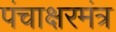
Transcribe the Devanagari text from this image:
पंचाक्षरमंत्र